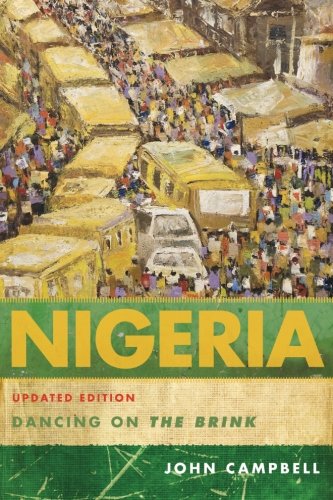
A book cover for Nigeria: Dancing on the Brink; John Campbell; History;